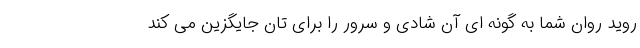
روید روان شما به گونه ای آن شادی و سرور را برای تان جایگزین می کند